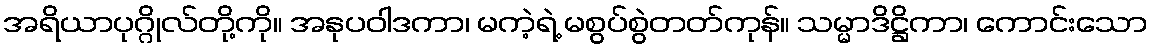
အရိယာပုဂ္ဂိုလ်တို့ကို။ အနုပဝါဒကာ၊ မကဲ့ရဲ့ မစွပ်စွဲတတ်ကုန်။ သမ္မာဒိဋ္ဌိကာ၊ ကောင်းသော